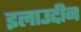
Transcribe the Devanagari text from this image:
इलाउद्दीन